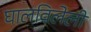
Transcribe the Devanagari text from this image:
घालविलेली